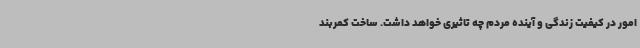
امور در کیفیت زندگی و آینده مردم چه تاثیری خواهد داشت. ساخت کمربند